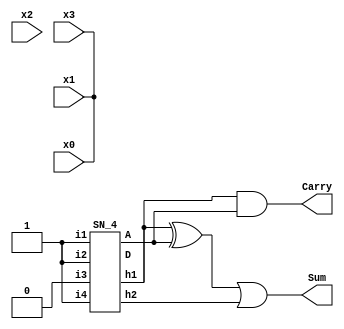
// 
// Dependencies: 
// 
// Revision:
// Revision 0.01 - File Created
// Additional Comments:
// 
//////////////////////////////////////////////////////////////////////////////////


module approx_4_2_2(x0,x1,x2,x3,Carry,Sum);
input x0,x1,x2,x3;
output Carry,Sum;
wire A,D,w1,h1,h2;

assign {x0,x1,x2,x3} = 4'b1101;
SN_4 D0 (x0,x1,x2,x3,A,h1,h2,D);

assign Carry = h1 & A;
assign w1 = h1 ^ A;
assign Sum = w1 | h2;

endmodule

module BS(x1,x2,y1,y2);

input x1,x2;
output y1,y2;

assign y1 = x1 | x2;
assign y2 = x1 & x2;

endmodule

module SN_4(i1,i2,i3,i4,A,h1,h2,D);

output A,h1,h2,D;
input i1,i2,i3,i4;
wire w1,w2,w3,w4,w22,w33,h1,h2,A,D,w11;

BS BS_1(.x1(i1),.x2(i2),.y1(w1),.y2(w2));
BS BS_2(.x1(w1),.x2(i3),.y1(A),.y2(w3));
BS BS_3(.x1(w2),.x2(i4),.y1(w22),.y2(D));
BS BS_4(.x1(w22),.x2(w3),.y1(h1),.y2(h2));


endmodule